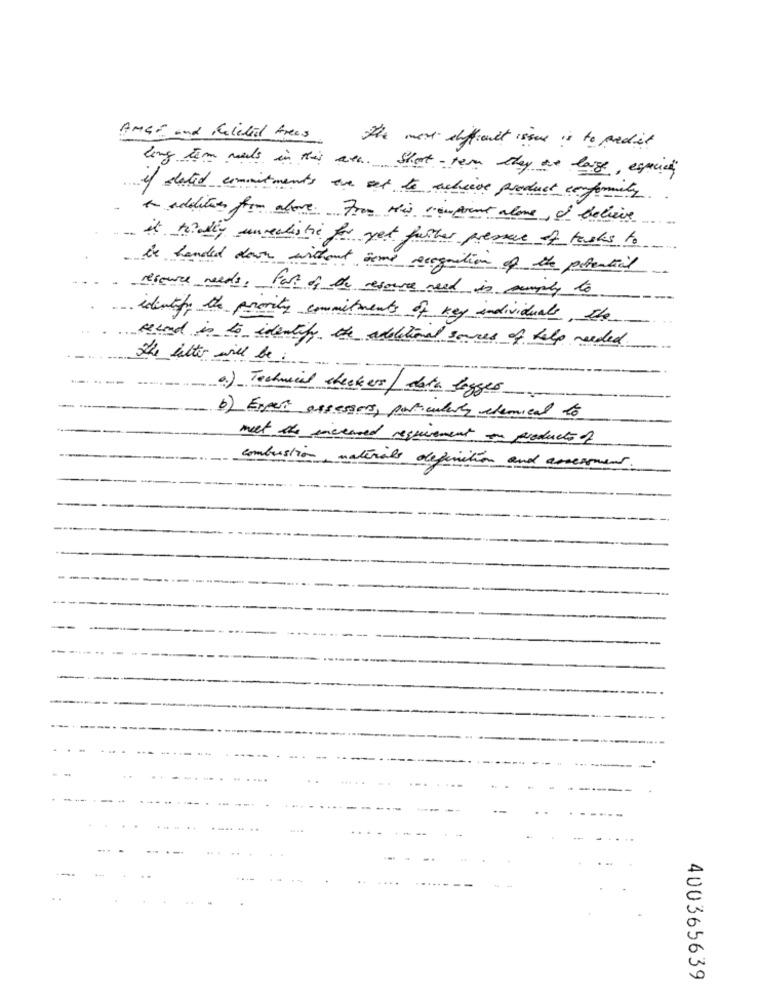
ANGE and Related trees
The most difficult issue is to predict
long term mais in this area. Short -term they are large, especialy
of dated commitments are set to achieve product conformity ..
e addition for alove For Mis confient alone, l believe
it tially unrealistic for yet further premiere of tasks to
be handed down without isme recognition of the potential
resource needs, Part of the resources need is simply to
identify the priority commitments of key individuals, the
second is to identify the additional somces of help needed
the letter will be:
a) Technical checkers/ data logger
b) Expects assessors, particularly chemical to
meet the increased requirement on products of
combustion materials definition and assessment
- -
---
--
400365639